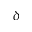
\delta